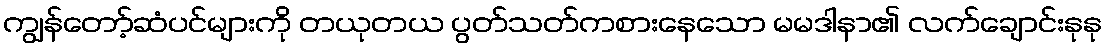
ကျွန်တော့်ဆံပင်များကို တယုတယ ပွတ်သတ်ကစားနေသော မမဒါနာ၏ လက်ချောင်းနုနု